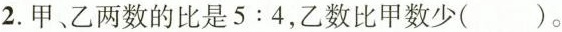
2.甲、乙两数的比是$$5 : 4$$，乙数比甲数少( )。